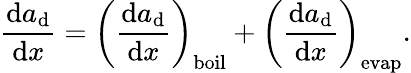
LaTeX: \frac{\mathrm{d}a_{\mathrm{d}}}{\mathrm{d}x}=\left(\frac{\mathrm{d}a_{\mathrm{d}}}{\mathrm{d}x}\right)_{\mathrm{boil}}+\left(\frac{\mathrm{d}a_{\mathrm{d}}}{\mathrm{d}x}\right)_{\mathrm{evap}}.